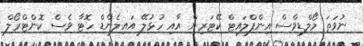
ނުވަތަ މޯލްޑިވްސް އިންފްލައިޓް ކޭޓަރިން އާއި ހުޅުލޭ އައިލެންޑް ހޮޓާ ވެސް ކޮންޓްރޯލް